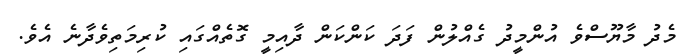
މެދު މާޔޫސްވެ އުންމީދު ގެއްލުން ފަދަ ކަންކަން ދާއިމީ ގޮތެއްގައި ކުރިމަތިވެދާނެ އެވެ.